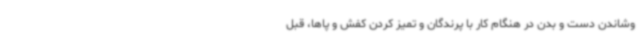
وشاندن دست و بدن در هنگام کار با پرندگان و تمیز کردن کفش و پاها، قبل